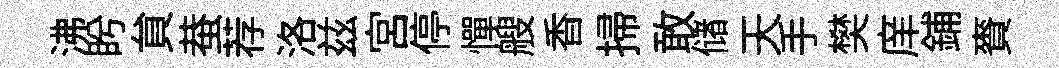
沸盻貟蛬荐洛兹宮停憚艘香掃敢储天手樊庠鋪賚